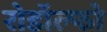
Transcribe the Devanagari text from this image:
रोडॉल्फो